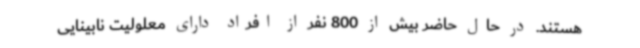
هستند. در حال حاضر بیش از 800 نفر از افراد دارای معلولیت نابینایی